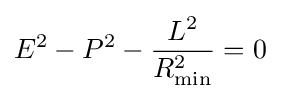
E^{2}-P^{2}-{\frac {L^{2}}{R_{\mathrm {min} }^{2}}}=0\quad